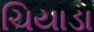
ચિયાડા